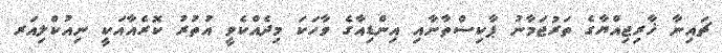
ޗައިނާ ޚާރިޖިއްޔާގެ ތަރުޖަމާނު ޕާކިސްތާނާއި އިންޑިއާގެ ވާހަކަ މިދެއްކެވީ އުތުރު ކޮރެއާއަކީ ނިއުކްލިއަރ